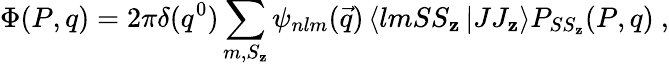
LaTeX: \Phi(P,q)=2\pi\delta(q^{0})\sum_{m,S_{\mathbf{z}}}\psi_{nlm}(\vec{{q}})\left<lmSS_{\mathbf{z}}\left|JJ_{\mathbf{z}}\right.\right>P_{SS_{\mathbf{z}}}(P,q)\ ,